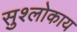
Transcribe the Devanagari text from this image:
सुश्लोकाय